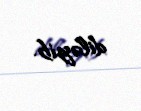
diləyib.